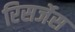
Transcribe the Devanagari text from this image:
रिसर्जेस